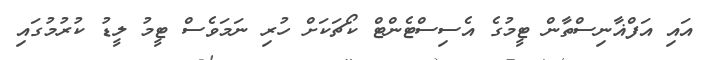
އައި އަފްޣާނިސްތާން ޓީމުގެ އެސިސްޓެންޓް ކޯޗަކަށް ހުރި ނަމަވެސް ޓީމު ލީޑު ކުރުމުގައި